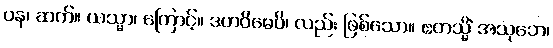
ပန၊ ဆက်။ ယသ္မာ၊ ကြောင့်။ ဒဟဝိဓေပိ၊ လည်း ဖြစ်သော။ ဧတသ္မိံ အသုဘေ၊